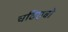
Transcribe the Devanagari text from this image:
चढिएबो